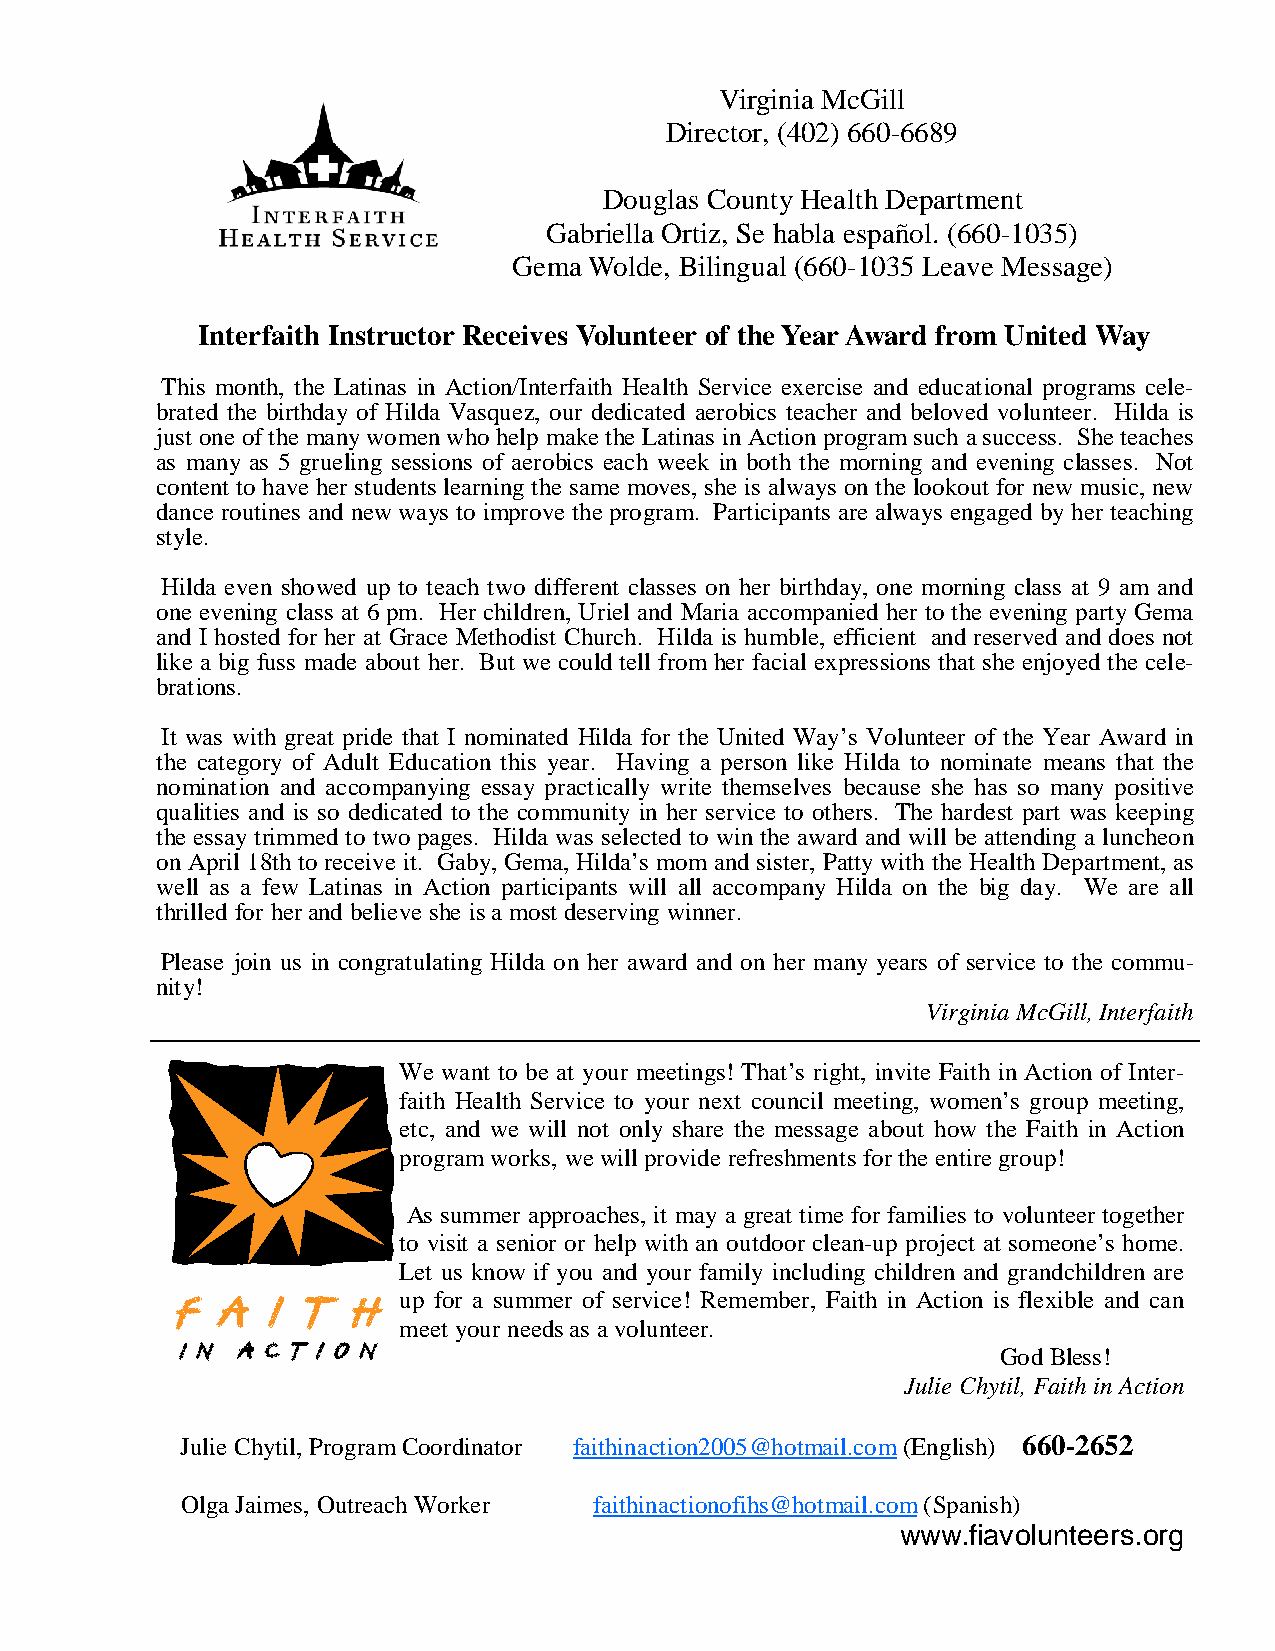
Virginia McGill
 Director, (402) 660-6689
 Douglas County Health Department
 Gabriella Ortiz, Se habla español. (660-1035)
 Gema Wolde, Bilingual (660-1035 Leave Message)
 Interfaith Instructor Receives Volunteer of the Year Award from United Way
 This month, the Latinas in Action/Interfaith Health Service exercise and educational programs cele-
 brated the birthday of Hilda Vasquez, our dedicated aerobics teacher and beloved volunteer. Hilda is
 just one of the many women who help make the Latinas in Action program such a success. She teaches
 as many as 5 grueling sessions of aerobics each week in both the morning and evening classes. Not
 content to have her students learning the same moves, she is always on the lookout for new music, new
 dance routines and new ways to improve the program. Participants are always engaged by her teaching
 style.
 Hilda even showed up to teach two different classes on her birthday, one morning class at 9 am and
 one evening class at 6 pm. Her children, Uriel and Maria accompanied her to the evening party Gema
 and I hosted for her at Grace Methodist Church. Hilda is humble, efficient and reserved and does not
 like a big fuss made about her. But we could tell from her facial expressions that she enjoyed the cele-
 brations.
 It was with great pride that I nominated Hilda for the United Way’s Volunteer of the Year Award in
 the category of Adult Education this year. Having a person like Hilda to nominate means that the
 nomination and accompanying essay practically write themselves because she has so many positive
 qualities and is so dedicated to the community in her service to others. The hardest part was keeping
 the essay trimmed to two pages. Hilda was selected to win the award and will be attending a luncheon
 on April 18th to receive it. Gaby, Gema, Hilda’s mom and sister, Patty with the Health Department, as
 well as a few Latinas in Action participants will all accompany Hilda on the big day. We are all
 thrilled for her and believe she is a most deserving winner.
 Please join us in congratulating Hilda on her award and on her many years of service to the commu-
 nity!
 Virginia McGill, Interfaith
 We want to be at your meetings! That’s right, invite Faith in Action of Inter-
 faith Health Service to your next council meeting, women’s group meeting,
 etc, and we will not only share the message about how the Faith in Action
 program works, we will provide refreshments for the entire group!
 As summer approaches, it may a great time for families to volunteer together
 to visit a senior or help with an outdoor clean-up project at someone’s home.
 Let us know if you and your family including children and grandchildren are
 up for a summer of service! Remember, Faith in Action is flexible and can
 meet your needs as a volunteer.
 God Bless!
 Julie Chytil, Faith in Action
 Julie Chytil, Program Coordinator faithinaction2005@hotmail.com (English) 660-2652
 Olga Jaimes, Outreach Worker faithinactionofihs@hotmail.com (Spanish)
 www.fiavolunteers.org